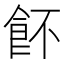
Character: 䬪